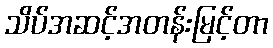
သိပ်အဆင့်အတန်းမြင့်တာ